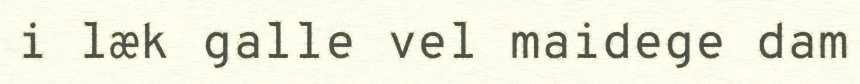
i læk galle vel maidege dam